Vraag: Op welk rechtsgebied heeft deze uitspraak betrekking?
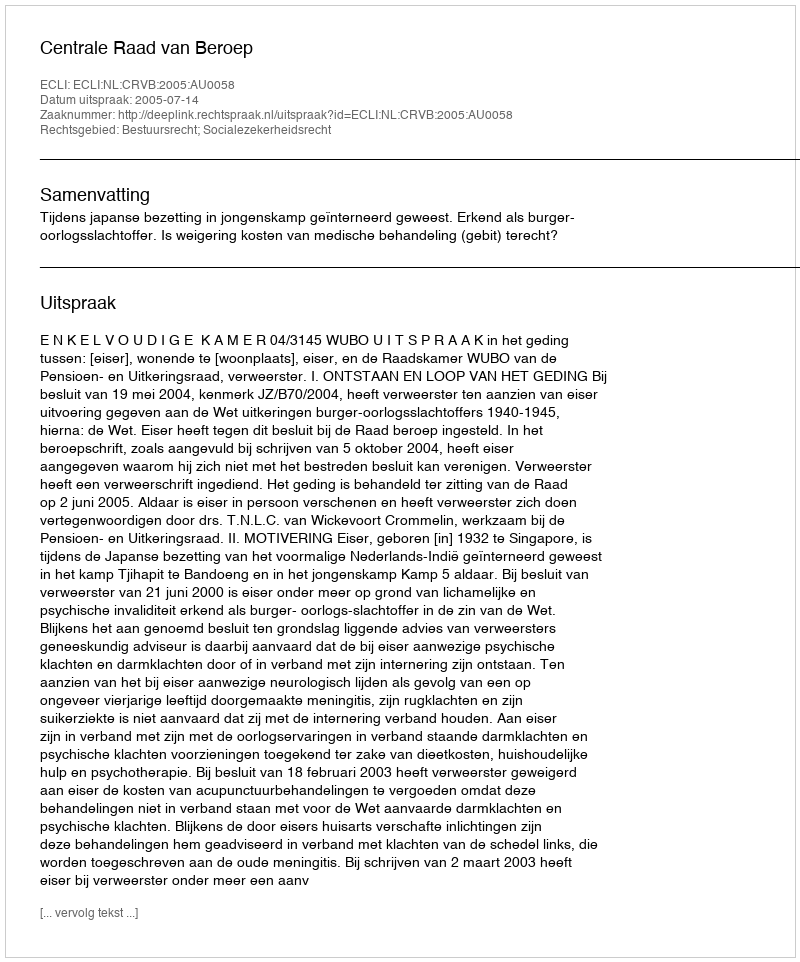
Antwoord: Bestuursrecht; Socialezekerheidsrecht